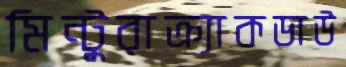
মিন্টুরাক্র্যাকডাউ